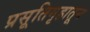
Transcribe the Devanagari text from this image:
प्रसूतिगृहातून